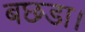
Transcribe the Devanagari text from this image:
बछडा।